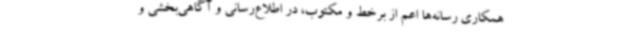
همکاری رسانه‌ها اعم از برخط و مکتوب، در اطلاع‌رسانی و آگاهی‌بخشی و